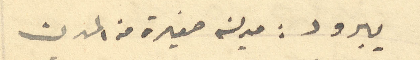
يبرود: مدينة صغيرة من المدن